Report of the Indian Hemp Drugs Commission, 1894-1895 - Volume V
Year: 1894
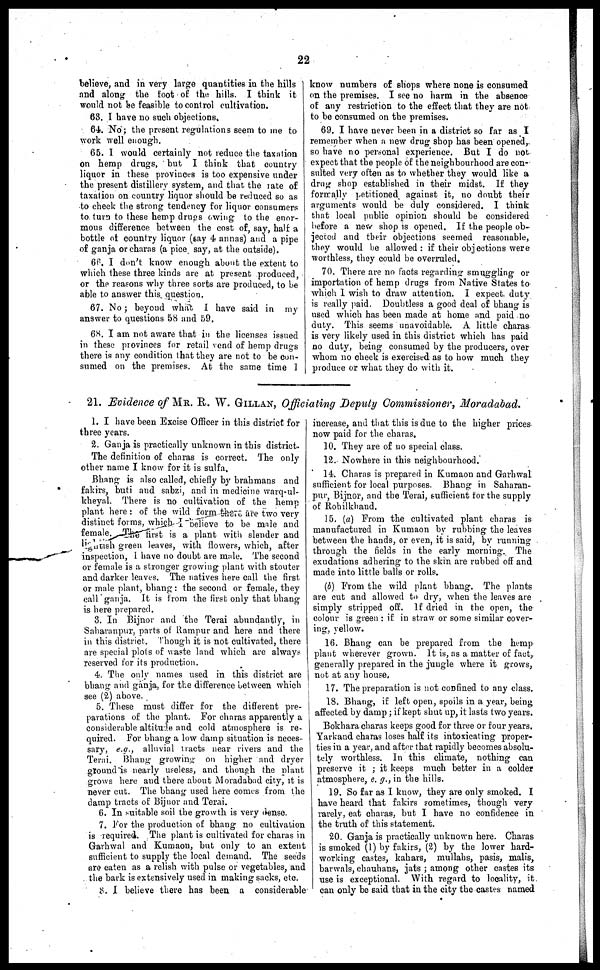
22
believe, and in very large quantities in the hills
and along the foot of the hills. I think it
would not be feasible to control cultivation.
63. I have no such objections.
64. No; the present regulations seem to me to
work well enough.
65. I would certainly not reduce the taxation
on hemp drugs, but I think that country
liquor in these provinces is too expensive under
the present distillery system, and that the late of
taxation on country liquor should be reduced so as
to check the strong tendency for liquor consumers
to turn to these hemp drugs owing to the enor-
mous difference between the cost of, say, half a
bottle of country liquor (say 4 annas) and a pipe
of ganja or charas (a pice say, at the outside).
66. I don't know enough about the extent to
which these three kinds are at present produced,
or the reasons why three sorts are produced, to be
able to answer this question.
67. No; beyond what I have said in my
answer to questions 58 and 59.
68. I am not aware that in the licenses issued
in these provinces for retail vend of hemp drugs
there is any condition that they are not to be con-
sumed on the premises. At the same time 1
know numbers of shops where none is consumed
on the premises. I see no harm in the absence
of any restriction to the effect that they are not
to be consumed on the premises.
69. I have never been in a district so far as I
remember when a new drug shop has been opened,
so have no personal experience. But I do not
expect that the people of the neighbourhood are con-
sulted very often as to whether they would like a
drug shop established in their midst. If they
formally petitioned against it, no doubt their
arguments would be duly considered. I think
that local public opinion should be considered
before a new shop is opened. If the people ob-
jected and their objections seemed reasonable,
they would he allowed: if their objections were
worthless, they could be overruled.
70. There are no facts regarding smuggling or
importation of hemp drugs from Native States to
which I wish to draw attention. I expect duty
is really paid. Doubtless a good deal of bhang is
used which has been made at homo and paid no
duty. This seems unavoidable. A little charas
is very likely used in this district which has paid
no duty, being consumed by the producers, over
whom no cheek is exercised as to how much they
produce or what they do with it.
21. Evidence of MR. R. W. GILLAN, Officiating
1. I have been Excise Officer in this district for
three years.
2. Ganja is practically unknown in this district.
The definition of charas is correct. The only
other name I know for it is sulfa.
Bhang is also called, chiefly by brahmans and
fakirs, buti and sabzi, and in medicine warq-ul-
kheyal. There is no cultivation of the hemp
plant here: of the wild form there are two very
distinct forms, which I believe to be male and
female. The tirst is a plant with slender and
lightish green leaves, with flowers, which, after
inspection, I have no doubt are male. The second
or female is a stronger growing plant with stouter
and darker leaves. The natives here call the first
or male plant, bhang: the second or female, they
call ganja. It is from the first only that bhang
is here prepared.
3. In Bijnor and the Terai abundantly, in
Saharanpur, parts of Rampur and here and there
in this district. Though it is not cultivated, there
are special plots of waste land which are always
reserved for its production.
4. The only names used in this district are
bhang and ganja, for the difference between which
see (2) above.
5. These must differ for the different pre-
parations of the plant. For charas apparently a
considerable altitude and cold atmosphere is re-
quired. For bhang a low damp situation is neces-
sary, e.g., alluvial tracts near rivers and the
Terai. Bhang growing on higher and dryer
groundis nearly useless, and though the plant
grows here and there about Moradabad city, it is
never cut. The bhang used here comes from the
damp tracts of Bijnor and Terai.
6. In suitable soil the growth is very dense.
7. For the production of bhang no cultivation
is required. The plant is cultivated for charas in
Garhwal and Kumaon, but only to an extent
sufficient to supply the local demand. The seeds
are eaten as a relish with pulse or vegetables, and
the bark is extensively used in making sacks, etc.
8. I believe there has been a considerable
Deputy Commissioner, Moradabad.
increase, and that this is due to the higher prices
now paid for the charas.
10. They are of no special class.
12. Nowhere in this neighbourhood.
14. Charas is prepared in Kumaon and Garhwal
sufficient for local purposes. Bhang in Saharan-
pur, Bijnor, and the Terai, sufficient tor the supply
of Rohilkhand.
15. (a) From the cultivated plant charas is
manufactured in Kumaon by rubbing the leaves
between the hands, or even, it is said, by running
through the fields in the early morning. The
exudations adhering to the skin are rubbed off and
made into little balls or rolls.
(b) From the wild plant bhang. The plants
are cut and allowed to dry, when the leaves are
simply stripped off. If dried in the open, the
colour is green: if in straw or some similar cover-
ing, yellow.
16. Bhang can be prepared from the hemp
plant wherever grown. It is, as a matter of fact,
generally prepared in the juugle where it grows,
not at any house.
17. The preparation is not confined to any class.
18. Bhaug, if left open, spoils in a year, being
affected by damp; if kept shut up, it lasts two years.
Bokhara charas keeps good for three or four years.
Yarkand charas loses half its intoxicating proper-
ties in a year, and after that rapidly becomes absolu-
tely worthless. In this climate, nothing can
preserve it; it keeps much better in a colder
atmosphere, e. g., in the hills.
19. So far as I know, they are only smoked. I
have heard that fakirs sometimes, though very
rarely, eat charas, but I have no confidence in
the truth of this statement.
20. Ganja is practically unknown here. Charas
is smoked (1) by fakirs, (2) by the lower hard-
working castes, kahars, mullahs, pasis, malis,
barwals, chauhans, jats; among other castes its
use is exceptional. With regard to locality, it
can only be said that in the city the castes named